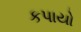
કપાયો